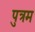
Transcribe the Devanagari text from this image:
पुत्रम